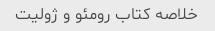
خلاصه کتاب رومئو و ژولیت